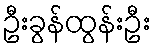
ဦးခွန်ထွန်းဦး